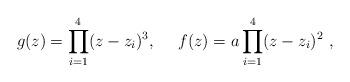
LaTeX: \begin{align*}g(z)= \prod^4_{i=1} (z-z_i)^3,~~~~f(z)= a \prod^4_{i=1} (z-z_i)^2\ , \end{align*}